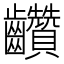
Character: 𪚇